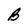
Character: B